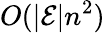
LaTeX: O(|\mathcal{E}|n^{2})